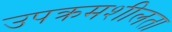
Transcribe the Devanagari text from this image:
उपक्रमशीलता